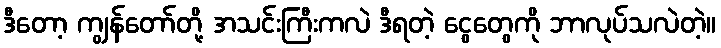
ဒီတော့ ကျွန်တော်တို့ အသင်းကြီးကလဲ ဒီရတဲ့ ငွေတွေကို ဘာလုပ်သလဲတဲ့။